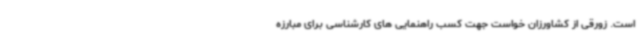
است. زورقی از کشاورزان خواست جهت کسب راهنمایی های کارشناسی برای مبارزه